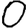
Digit: 0